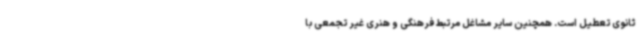
ثانوی تعطیل است. همچنین سایر مشاغل مرتبط فرهنگی و هنری غیر تجمعی با